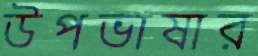
উপভাষার